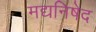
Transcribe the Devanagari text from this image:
मद्यनिषेद